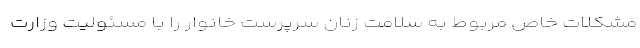
مشکلات خاص مربوط به سلامت زنان سرپرست خانوار را با مسئولیت وزارت